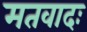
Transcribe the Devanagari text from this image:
मतवादः